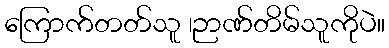
ကြောက်တတ်သူ ၊ဉာဏ်တိမ်သူကိုပဲ။